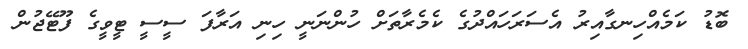
ބޮޑު ކަމެއްހިނގާއިރު އެސަރަހައްދުގެ ކެމެރާތަށް ހުންނަނީ ހިނި އަރާފަ ސީސީ ޓީވީގެ ފޫޓޭޖުން